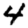
Digit: 4